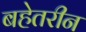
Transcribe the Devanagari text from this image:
बहेतरीन